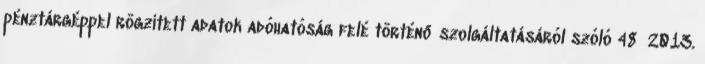
pénztárgéppel rögzített adatok adóhatóság felé történő szolgáltatásáról szóló 48 2013.